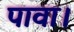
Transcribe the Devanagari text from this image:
पावा।